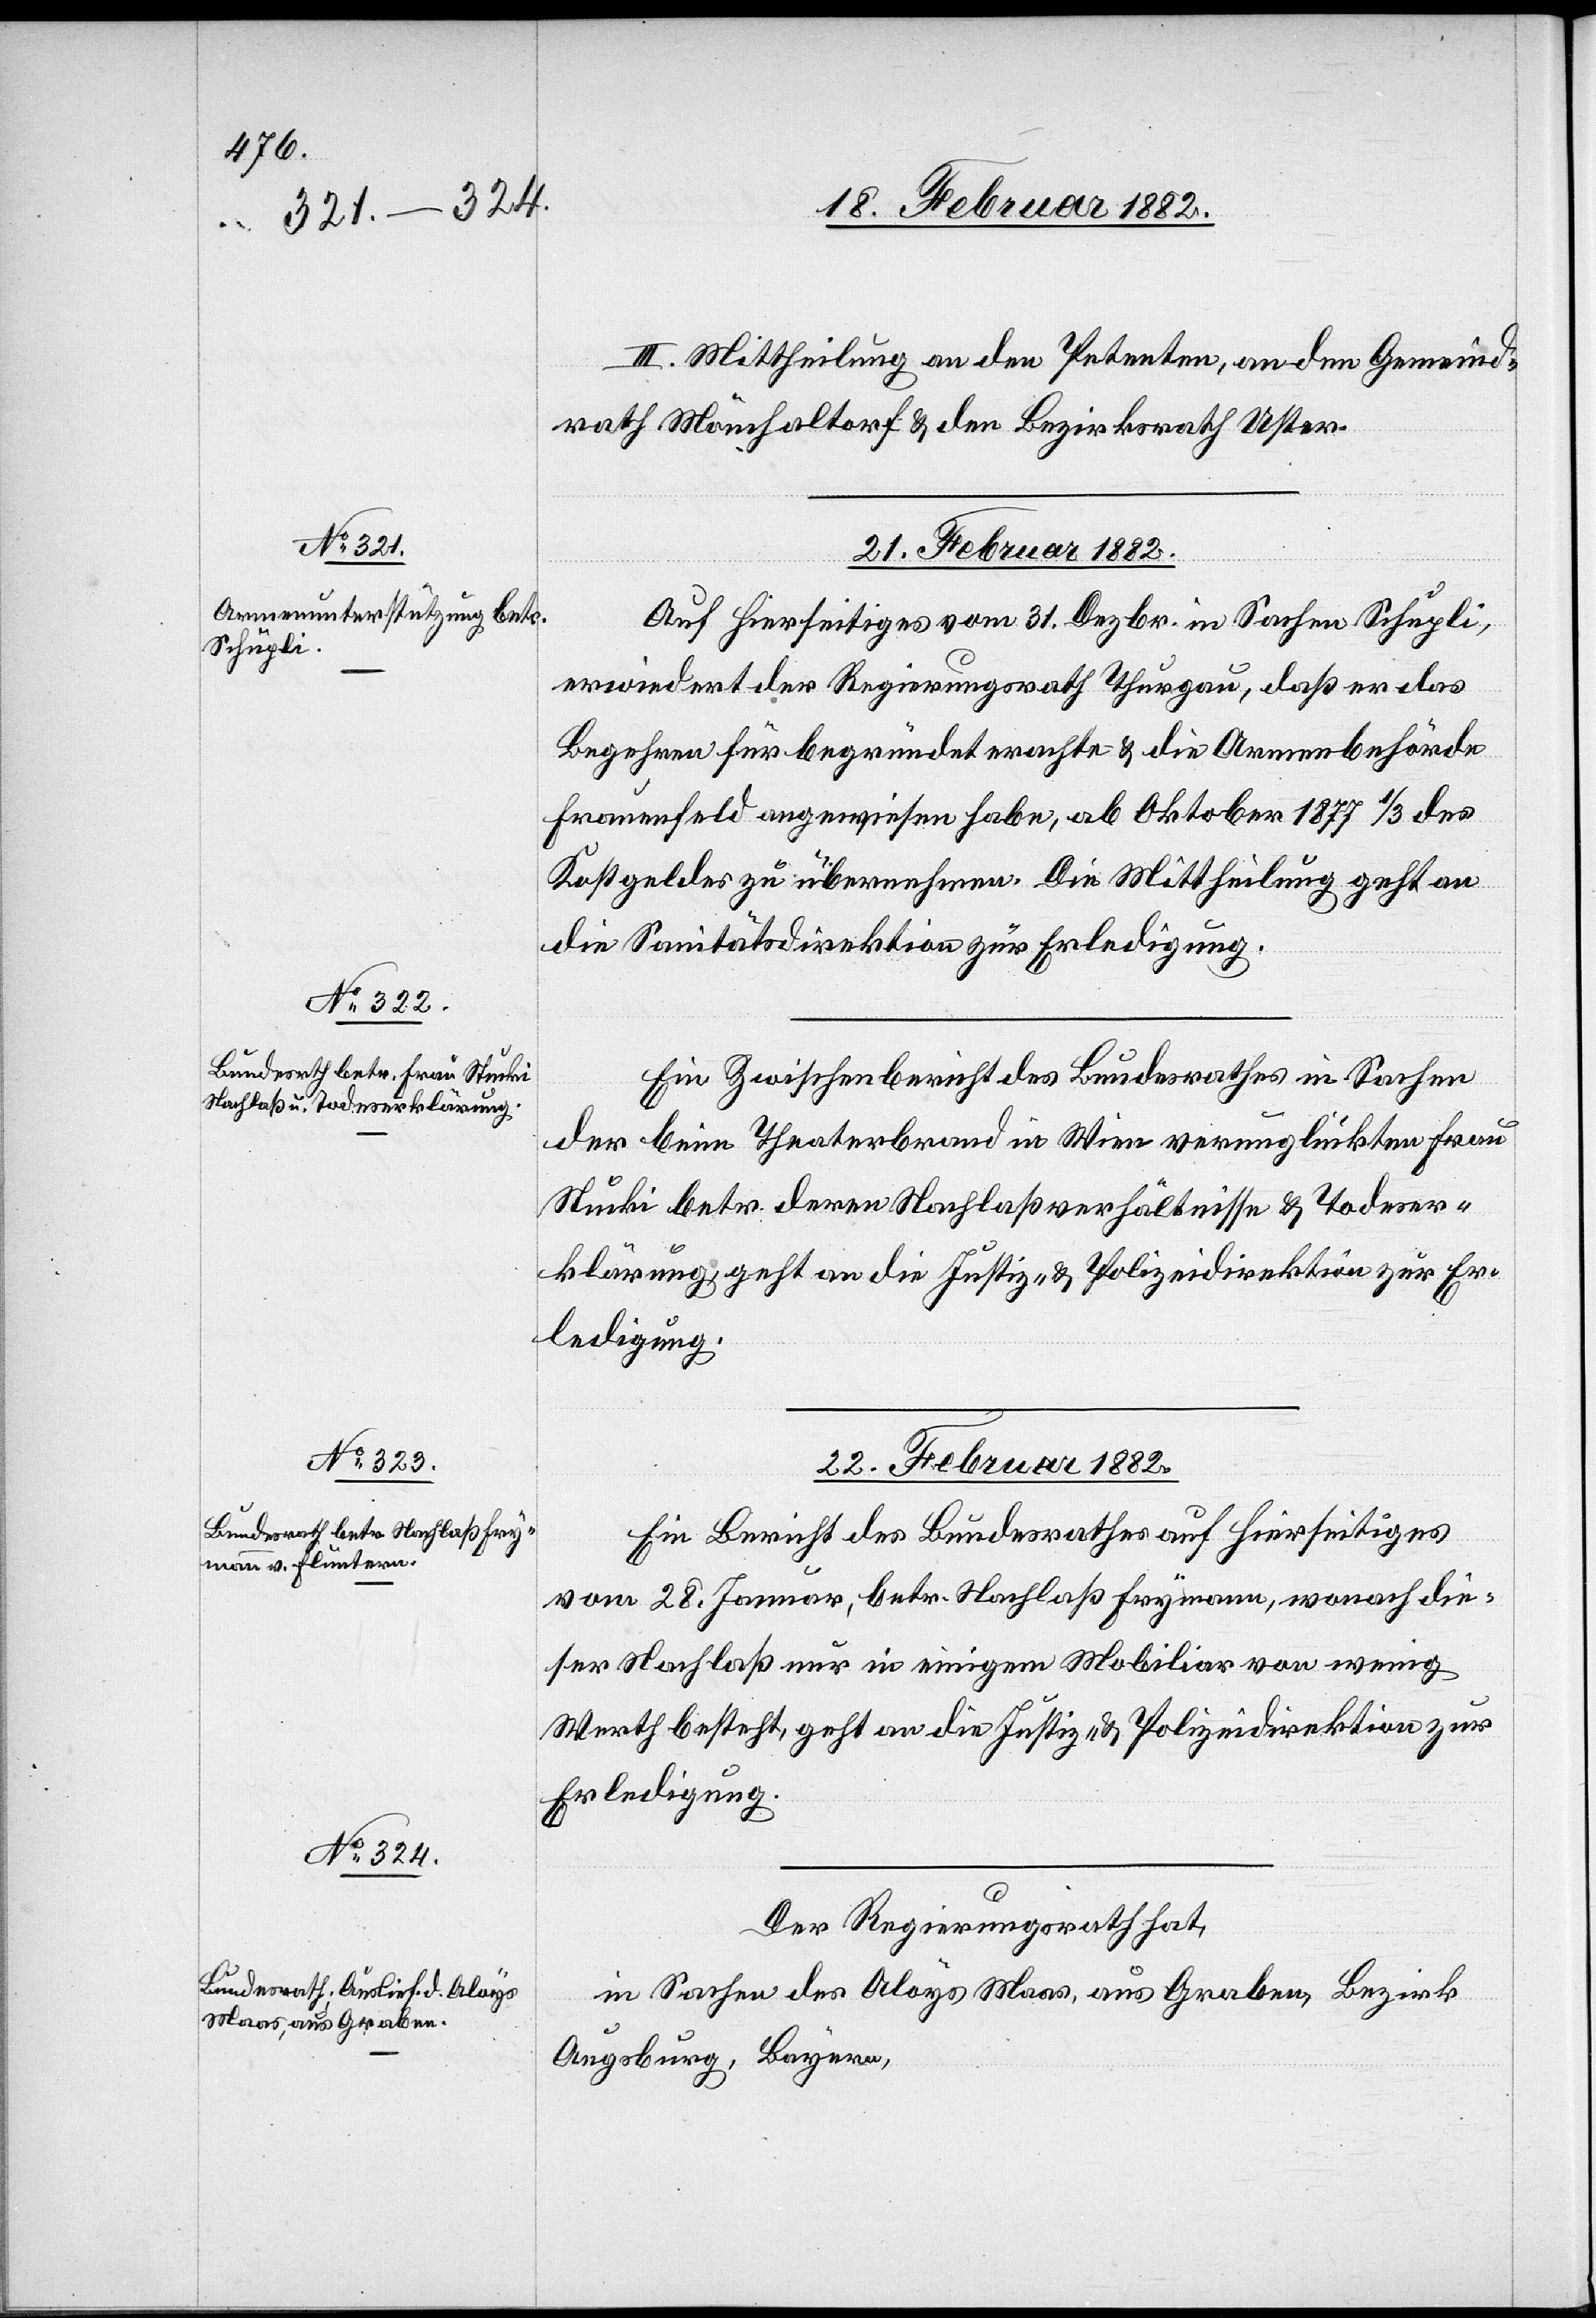
III. Mittheilung an den Petenten, an den Gemeind¬
rath Mönchaltorf & den Bezirksrath Uster.
21. Februar 1882.]
Auf Hierseitiges vom 31. Dezbr. in Sachen Schupli,
erwiedert der Regierungsrath Thurgau, daß er das
Begehren für begründet erachtet & die Armenbehörde
Frauenfeld angewiesen habe, ab Oktober 1877 1/3 des
Kostgeldes zu übernehmen. Die Mittheilung geht an
die Sanitätsdirektion zur Erledigung.
Ein Zwischenbericht des Bundesrathes in Sachen
der beim Theaterbrand in Wien verunglückte Frau
Stucki betr. deren Nachlaßverhältnisse & Todeser¬
klärung, geht an die Justiz- & Polizeidirektion zur Er¬
ledigung.
22. Februar 1882.]
Ein Bericht des Bundesrathes auf Hierseitiges
vom 28. Januar, betr. Nachlaß Frymann, wonach die¬
ser Nachlaß nur in einigem Mobiliar von wenig
Werth besteht, geht an die Justiz- & Polizeidirektion zur
Erledigung.
Der Regierungsrath hat,
in Sachen des Aloys Maas, aus Graben, Bezirk
Augsburg, Bayern,